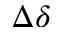
\Delta \delta